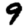
Digit: 9